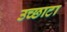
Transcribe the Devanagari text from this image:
उच्छाटा